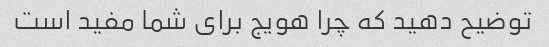
توضیح دهید که چرا هویج برای شما مفید است